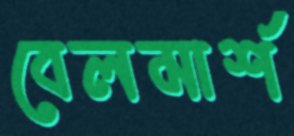
বেলমার্শ